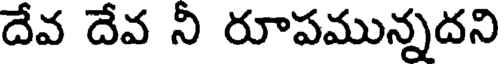
దేవ దేవ ని రూపమున్నదని